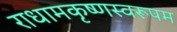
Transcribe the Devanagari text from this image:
राधामकृष्णस्वरूपम